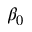
\beta _ { 0 }